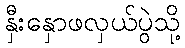
နှီးနှောဖလှယ်ပွဲသို့